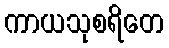
ကာယသုစရိတေ